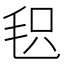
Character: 𣭓